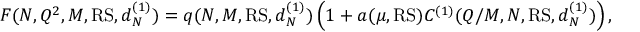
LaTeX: F ( N , Q ^ { 2 } , M , \mathrm { R S } , d _ { N } ^ { ( 1 ) } ) = q ( N , M , { \mathrm { R S } } , d _ { N } ^ { ( 1 ) } ) \left( 1 + a ( \mu , { \mathrm { R S } } ) C ^ { ( 1 ) } ( Q / M , N , { \mathrm { R S } } , d _ { N } ^ { ( 1 ) } ) \right) ,